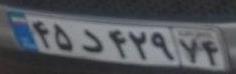
۴۵د۴۲۹۷۴